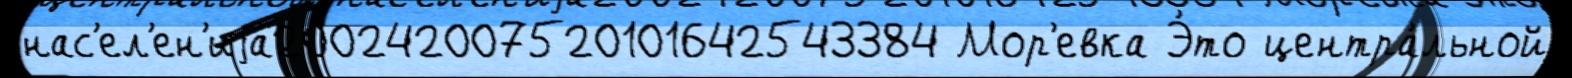
нас'ел'ен'иjа200242007520101642543384 Мор'евка Э́то центра́льной